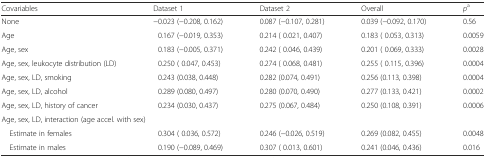
<table><thead><tr><td><b>Covariables</b></td><td><b>Dataset 1</b></td><td><b>Dataset 2</b></td><td><b>Overall</b></td><td><b><i>p</i><sup>a</sup></b></td></tr></thead><tbody><tr><td>None</td><td>−0.023 (−0.208, 0.162)</td><td>0.087 (−0.107, 0.281)</td><td>0.039 (−0.092, 0.170)</td><td>0.56</td></tr><tr><td>Age</td><td>0.167 (−0.019, 0.353)</td><td>0.214 ( 0.021, 0.407)</td><td>0.183 ( 0.053, 0.313)</td><td>0.0059</td></tr><tr><td>Age, sex</td><td>0.183 (−0.005, 0.371)</td><td>0.242 ( 0.046, 0.439)</td><td>0.201 ( 0.069, 0.333)</td><td>0.0028</td></tr><tr><td>Age, sex, leukocyte distribution (LD)</td><td>0.250 ( 0.047, 0.453)</td><td>0.274 ( 0.068, 0.481)</td><td>0.255 ( 0.115, 0.396)</td><td>0.0004</td></tr><tr><td>Age, sex, LD, smoking</td><td>0.243 (0.038, 0.448)</td><td>0.282 (0.074, 0.491)</td><td>0.256 (0.113, 0.398)</td><td>0.0004</td></tr><tr><td>Age, sex, LD, alcohol</td><td>0.289 (0.080, 0.497)</td><td>0.280 (0.070, 0.490)</td><td>0.277 (0.133, 0.421)</td><td>0.0002</td></tr><tr><td>Age, sex, LD, history of cancer</td><td>0.234 (0.030, 0.437)</td><td>0.275 (0.067, 0.484)</td><td>0.250 (0.108, 0.391)</td><td>0.0006</td></tr><tr><td colspan="5">Age, sex, LD, interaction (age accel. with sex)</td></tr><tr><td> Estimate in females</td><td>0.304 ( 0.036, 0.572)</td><td>0.246 (−0.026, 0.519)</td><td>0.269 (0.082, 0.455)</td><td>0.0048</td></tr><tr><td> Estimate in males</td><td>0.190 (−0.089, 0.469)</td><td>0.307 ( 0.013, 0.601)</td><td>0.241 (0.046, 0.436)</td><td>0.016</td></tr></tbody></table>